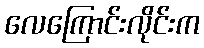
လေကြောင်းလိုင်းက